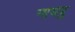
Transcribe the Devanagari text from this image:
नायबु